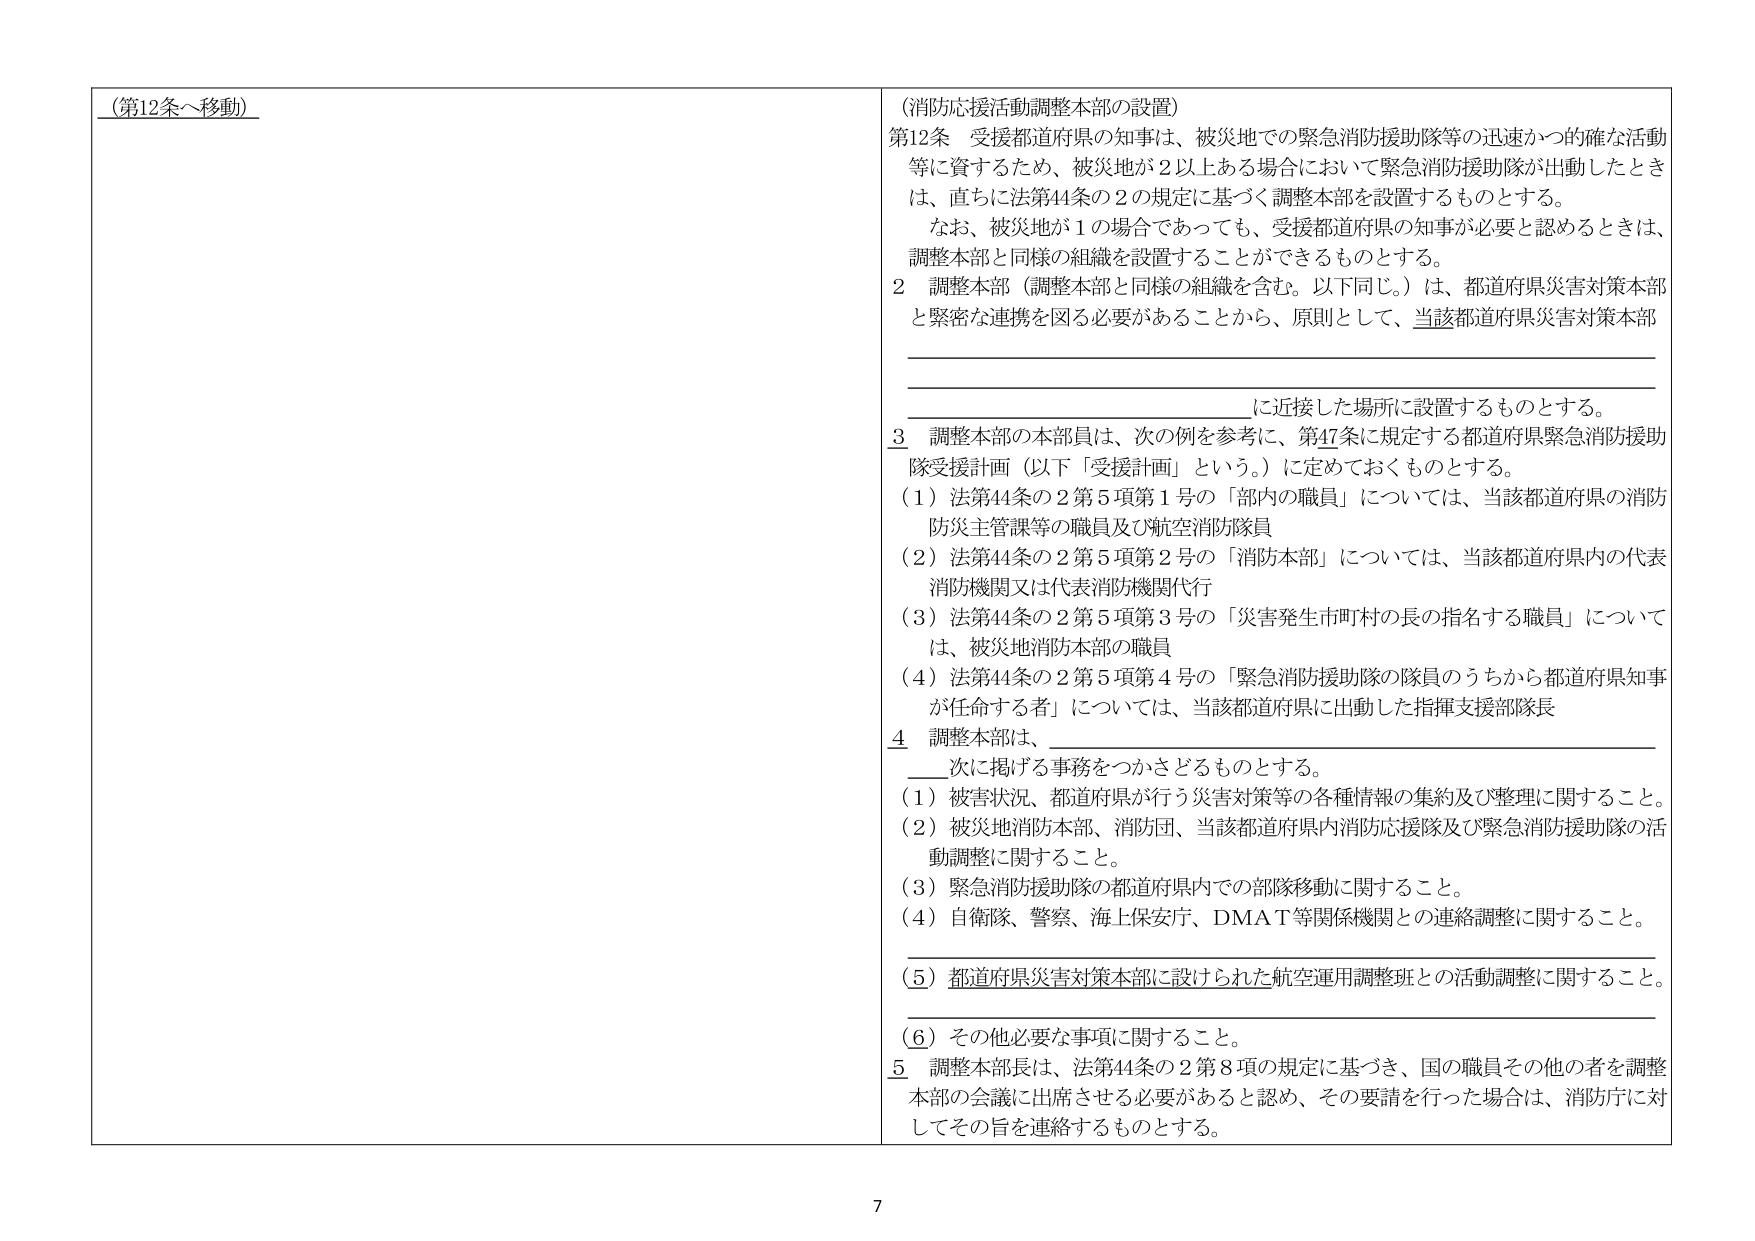
（第12条へ移動）

（消防応援活動調整本部の設置）

第12条 受援都道府県の知事は、被災地での緊急消防援助隊等の迅速かつ的確な活動等に資するため、被災地が2以上ある場合において緊急消防援助隊が出動したときは、直ちに法第44条の2の規定に基づく調整本部を設置するものとする。

なお、被災地が1の場合であっても、受援都道府県の知事が必要と認めるときは、調整本部と同様の組織を設置することができるものとする。

2 調整本部（調整本部と同様の組織を含む。以下同じ。）は、都道府県災害対策本部と緊密な連携を図る必要があることから、原則として、当該都道府県災害対策本部

に近接した場所に設置するものとする。

3 調整本部の本部員は、次の例を参考に、第47条に規定する都道府県緊急消防援助隊受援計画（以下「受援計画」という。）に定めておくものとする。

（1）法第44条の2第5項第1号の「部内の職員」については、当該都道府県の消防防災主管課等の職員及び航空消防隊員

（2）法第44条の2第5項第2号の「消防本部」については、当該都道府県内の代表消防機関又は代表消防機関代行

（3）法第44条の2第5項第3号の「災害発生市町村の長の指名する職員」については、被災地消防本部の職員

（4）法第44条の2第5項第4号の「緊急消防援助隊の隊員のうちから都道府県知事が任命する者」については、当該都道府県に出動した指揮支援部隊長

4 調整本部は、

次に掲げる事務をつかさどるものとする。

（1）被害状況、都道府県が行う災害対策等の各種情報の集約及び整理に関すること。

（2）被災地消防本部、消防団、当該都道府県内消防応援隊及び緊急消防援助隊の活動調整に関すること。

（3）緊急消防援助隊の都道府県内での部隊移動に関すること。

（4）自衛隊、警察、海上保安庁、DMAT等関係機関との連絡調整に関すること。

（5）都道府県災害対策本部に設けられた航空運用調整班との活動調整に関すること。

（6）その他必要な事項に関すること。

5 調整本部長は、法第44条の2第8項の規定に基づき、国の職員その他の者を調整本部の会議に出席させる必要があると認め、その要請を行った場合は、消防庁に対してその旨を連絡するものとする。

7